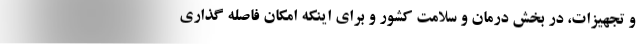
و تجهیزات، در بخش درمان و سلامت کشور و برای اینکه امکان فاصله گذاری